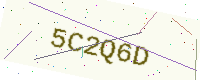
Text: 5C2Q6D